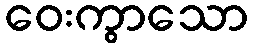
ဝေးကွာသော